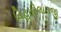
વિહારિલાલજી